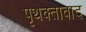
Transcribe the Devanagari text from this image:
पृथक्तावाद